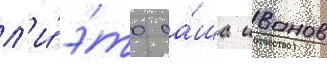
л'и́ э́то са́ша иванов